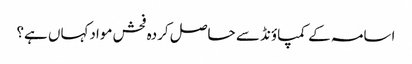
اسامہ کے کمپاؤنڈ سے حاصل کردہ فحش موادکہاں ہے؟